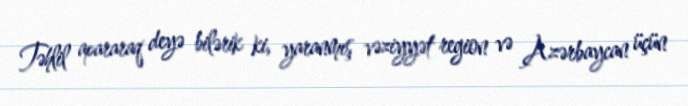
Təhlil apararaq deyə bilərik ki, yaranmış vəziyyət region və Azərbaycan üçün